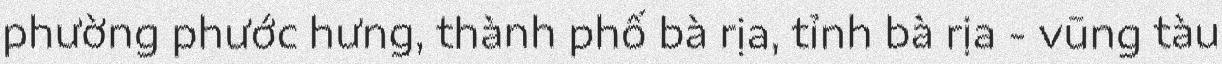
phường phước hưng, thành phố bà rịa, tỉnh bà rịa - vũng tàu